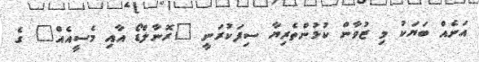
އަނެއް ބަޔަކު މި ޒުވާން ކުޅުންތެރިޔާ ސިފަކުރަނީ "ރޮނާލްޑޯ އާއި މެސީއެއް" ގެ